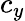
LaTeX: c_{y}